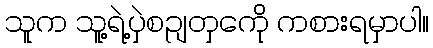
သူက သူ့ရဲ့ပှဲစဥျတှကေို ကစားရမှာပါ။